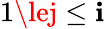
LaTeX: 1\lej\le\mathbf{i}